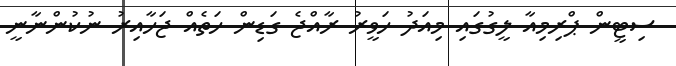
ސިޓީން ޕްރިމިއާ ލީގުގައި މިއަދު ހަވީރު ރާއްޖެ ގަޑިން ހަތެއް ޖަހާއިރު ނުކުންނާނީ